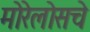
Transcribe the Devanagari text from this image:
मोरेलोसचे